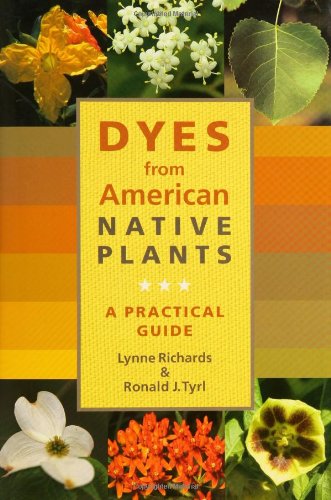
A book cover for Dyes from American Native Plants: A Practical Guide; Lynne Richards; Crafts, Hobbies & Home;